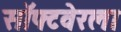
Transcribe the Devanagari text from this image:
सॉफ्टवेरला